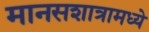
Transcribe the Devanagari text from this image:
मानसशात्रामध्ये